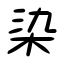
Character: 染